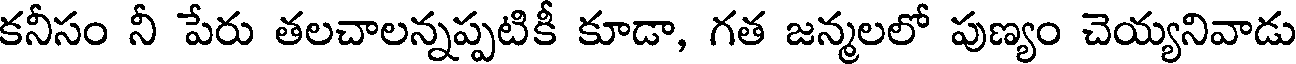
కనీసం నీ పేరు తలచాలన్నప్పటికీ కూడా, గత జన్మలలో పుణ్యం చెయ్యనివాడు